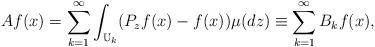
LaTeX: \begin{align*}Af(x)=\sum_{k=1}^{\infty}\int_{{\Bbb U}_k}(P_zf(x)-f(x))\mu (dz)\equiv\sum_{k=1}^{\infty}B_kf(x),\end{align*}